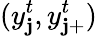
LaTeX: (y_{\mathbf{j}}^{t},y_{\mathbf{j}+}^{t})